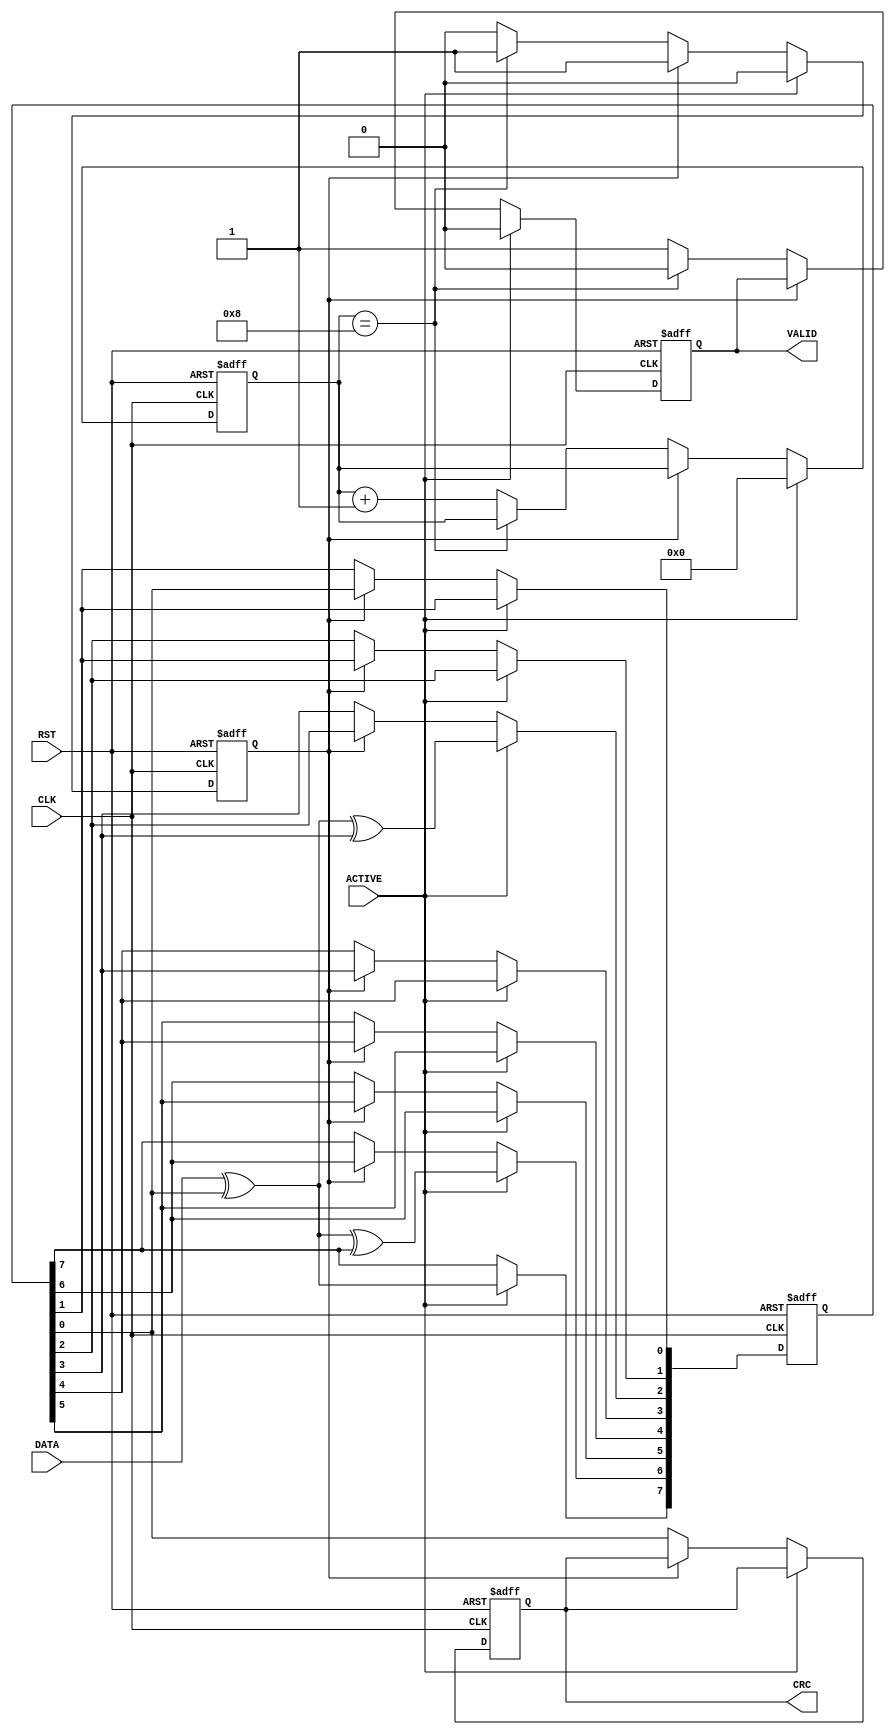
module CRC(
input        CLK,
input        RST,DATA,
input        ACTIVE,
output reg   CRC,VALID
);


//Parameters and Internal Wires
parameter                    DATA_WIDTH = 8;
parameter  					 SEED = 8'hD8;

reg        [DATA_WIDTH -1:0] Parallel_DATA;
reg        [3:0]             COUNTER ='d0 ;
reg        		             COUNTER_DONE;

wire                         FEEDBACK;


//FEEDBACK Signal;
assign FEEDBACK = DATA ^ Parallel_DATA[0];


//OPERTION and OUTPUT
always@(posedge CLK or negedge RST)
begin
if(!RST)
    begin
       Parallel_DATA<=SEED;
       CRC<=1'b0;
       VALID<=1'b0;
       COUNTER <= 1'b0;
       COUNTER_DONE <= 1'b1;
    end
    

 //OPERATION   
else if(ACTIVE )
    begin
	   Parallel_DATA[7]<=FEEDBACK;
	   Parallel_DATA[6]<=FEEDBACK ^ Parallel_DATA[7]; 
	   Parallel_DATA[5]<=Parallel_DATA[6];
	   Parallel_DATA[4]<=Parallel_DATA[5];
	   Parallel_DATA[3]<=Parallel_DATA[4];
	   Parallel_DATA[2]<=FEEDBACK ^ Parallel_DATA[3]; 
	   Parallel_DATA[1]<=Parallel_DATA[2];
       Parallel_DATA[0]<=Parallel_DATA[1];
        VALID<=1'b0;
      COUNTER_DONE<=0;
       COUNTER<=0;
    end

         else if(!COUNTER_DONE)
         begin
           		VALID <= 1'b1;
         		{Parallel_DATA[6:0],CRC} <= Parallel_DATA; 
	            

	            if(COUNTER =='d8)
	            begin
         		COUNTER_DONE=1'b1;
         		VALID <= 1'b0;
         		end
         		else 
         		begin 
             	COUNTER <= COUNTER + 'b1;
             	end 

         end

end

endmodule